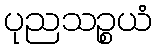
ပုညသဉ္စယံ